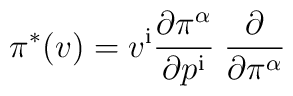
\pi^*(v) = v^{\mathrm{i}} {\partial \pi^\alpha\over \partial p^{\mathrm{i}}}\; {\partial\over \partial \pi^\alpha}